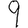
Digit: 9